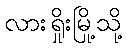
လားရှိုးမြို့သို့